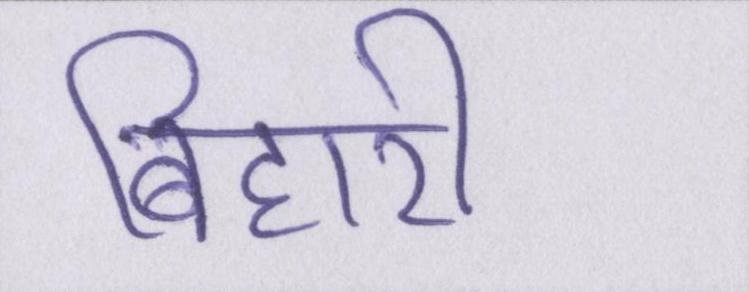
बिहारी